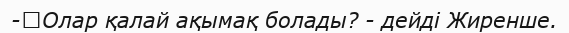
-	Олар қалай ақымақ болады? - дейді Жиренше.